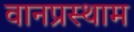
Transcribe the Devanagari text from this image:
वानप्रस्थाम